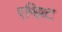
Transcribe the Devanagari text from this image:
एग्झिट